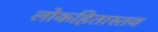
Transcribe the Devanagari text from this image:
लोकहितास्तव